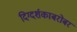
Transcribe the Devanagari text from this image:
दिग्दर्शकाबरोबर